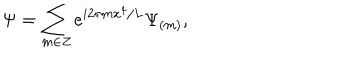
LaTeX: \Psi = \sum _ { m \in Z } e ^ { i 2 \pi m x ^ { 4 } / L } \Psi _ { ( m ) } ,